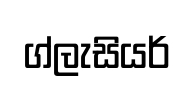
ග්ලැසියර්